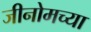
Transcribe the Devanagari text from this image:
जीनोमच्या